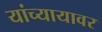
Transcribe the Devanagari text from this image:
यांच्यायावर